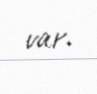
var.